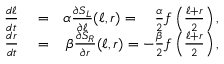
\begin{array} { r l r } { \frac { d \ell } { d t } } & { { } = } & { \alpha \frac { \partial S _ { L } } { \partial \ell } ( \ell , r ) = ~ ~ ~ \frac { \alpha } { 2 } f \left( \frac { \ell + r } { 2 } \right) , } \\ { \frac { d r } { d t } } & { { } = } & { \beta \frac { \partial S _ { R } } { \partial r } ( \ell , r ) = - \frac { \beta } { 2 } f \left( \frac { \ell + r } { 2 } \right) , } \end{array}